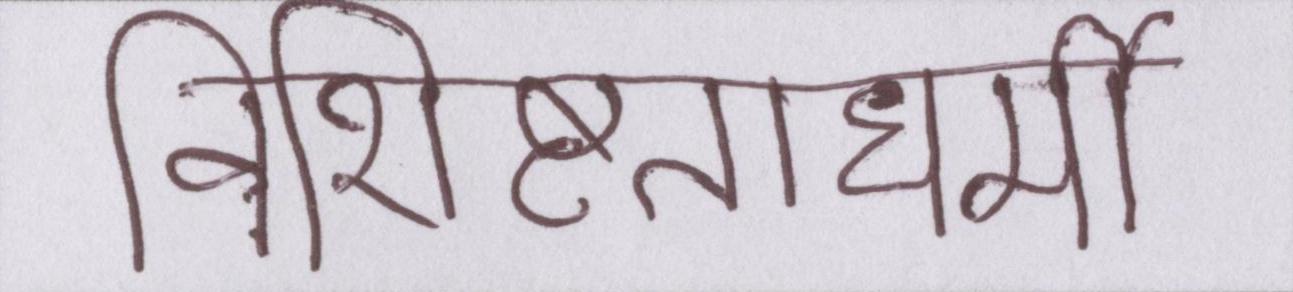
विशिष्टताधर्मी